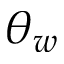
\theta _ { w }